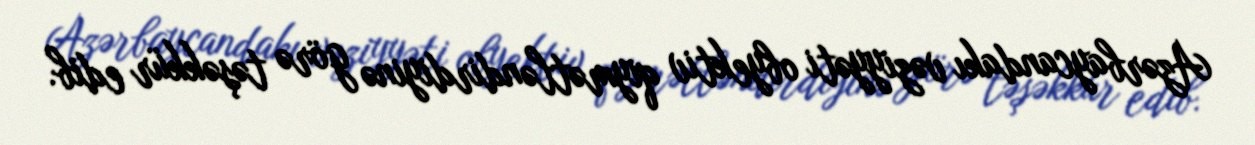
Azərbaycandakı vəziyyəti obyektiv qiymətləndirdiyinə görə təşəkkür edib.